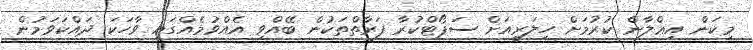
މިކަން އިޢްލާން ކުރުމަށް ހިލަރީއަށް ސަޕޯޓްކުރާ ފަރާތްތަކުން ބޭއްވި އެއްވުމެއްގައި ވާހަކަ ދައްކަވަމުން